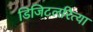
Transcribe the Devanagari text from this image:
डिजिटलरित्या